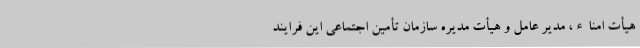
هیأت امناء، مدیر عامل و هیأت مدیره سازمان تأمین اجتماعی این فرایند